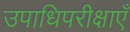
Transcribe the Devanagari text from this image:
उपाधिपरीक्षाएँ